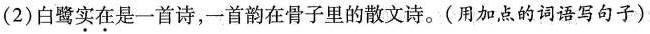
(2)白鹭实在是一首诗，-首韵在骨子里的散文诗。(用加点的词语写句子)